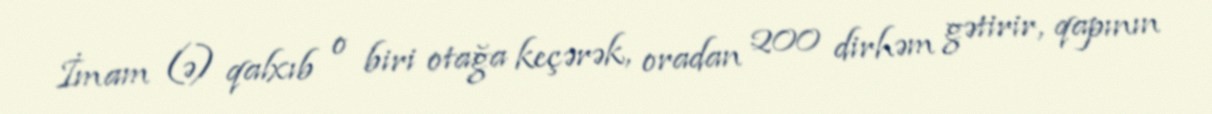
İmam (ə) qalxıb o biri otağa keçərək, oradan 200 dirhəm gətirir, qapının